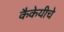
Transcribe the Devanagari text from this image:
कैकेयीचे